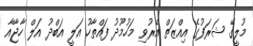
މުލީގޭ ޝަރަފުގެ އިއްޒަތް އެރުވި މަހުމޫދު ފައްތާހު އަލީ އަބްދު އަލް ހާޖާއާ